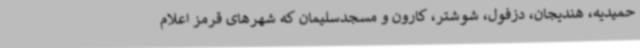
حمیدیه، هندیجان، دزفول، شوشتر، کارون و مسجدسلیمان که شهرهای قرمز اعلام